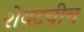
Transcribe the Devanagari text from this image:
शेवटचीच